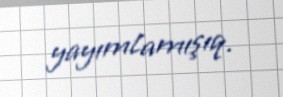
yayımlamışıq.